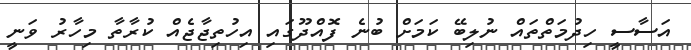
އަސާސީ ހިދުމަތްތައް ނުލިބޭ ކަމަށް ބުނެ ފޮއްދޫގައި އިހުތިޖާޖެއް ކުރާތާ މިހާރު ވަނީ